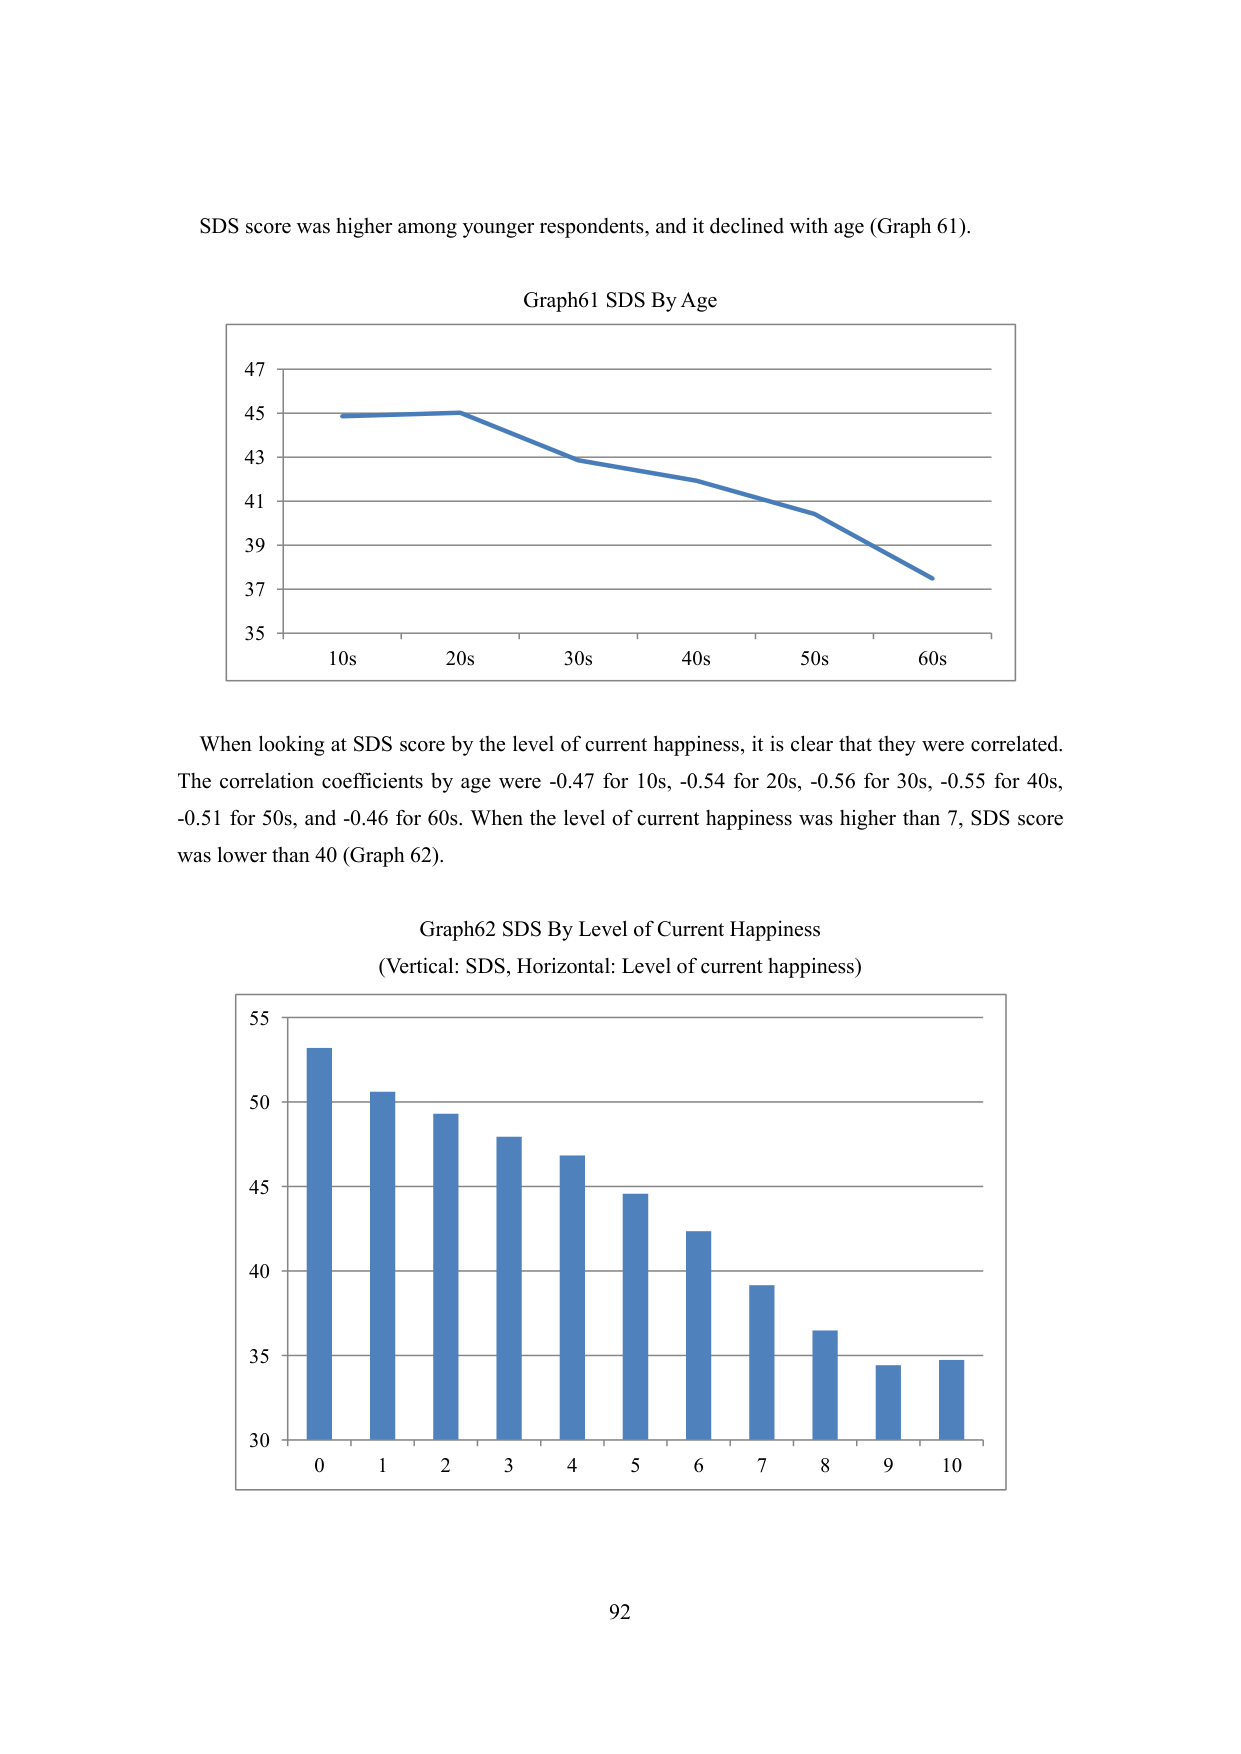
SDS score was higher among younger respondents, and it declined with age (Graph 61).

Graph61 SDS By Age

47
45
43
41
39
37
35
10s     20s     30s     40s     50s     60s

When looking at SDS score by the level of current happiness, it is clear that they were correlated. The correlation coefficients by age were -0.47 for 10s, -0.54 for 20s, -0.56 for 30s, -0.55 for 40s, -0.51 for 50s, and -0.46 for 60s. When the level of current happiness was higher than 7, SDS score was lower than 40 (Graph 62).

Graph62 SDS By Level of Current Happiness
(Vertical: SDS, Horizontal: Level of current happiness)

55
50
45
40
35
30
0   1   2   3   4   5   6   7   8   9   10

92